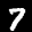
Label: 7